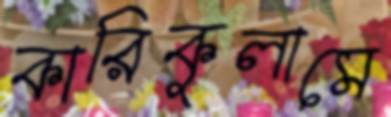
কারিকুলামে